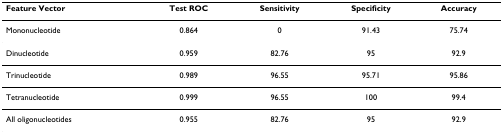
<table><thead><tr><td><b>Feature Vector</b></td><td><b>Test ROC</b></td><td><b>Sensitivity</b></td><td><b>Specificity</b></td><td><b>Accuracy</b></td></tr></thead><tbody><tr><td>Mononucleotide</td><td>0.864</td><td>0</td><td>91.43</td><td>75.74</td></tr><tr><td>Dinucleotide</td><td>0.959</td><td>82.76</td><td>95</td><td>92.9</td></tr><tr><td>Trinucleotide</td><td>0.989</td><td>96.55</td><td>95.71</td><td>95.86</td></tr><tr><td>Tetranucleotide</td><td>0.999</td><td>96.55</td><td>100</td><td>99.4</td></tr><tr><td>All oligonucleotides</td><td>0.955</td><td>82.76</td><td>95</td><td>92.9</td></tr></tbody></table>